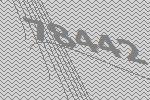
78442